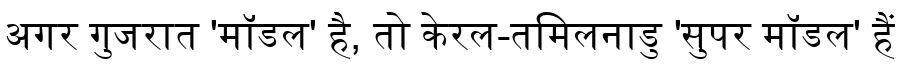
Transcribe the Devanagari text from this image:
अगर गुजरात 'मॉडल' है, तो केरल-तमिलनाडु 'सुपर मॉडल' हैं